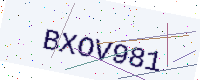
Text: BXOV981